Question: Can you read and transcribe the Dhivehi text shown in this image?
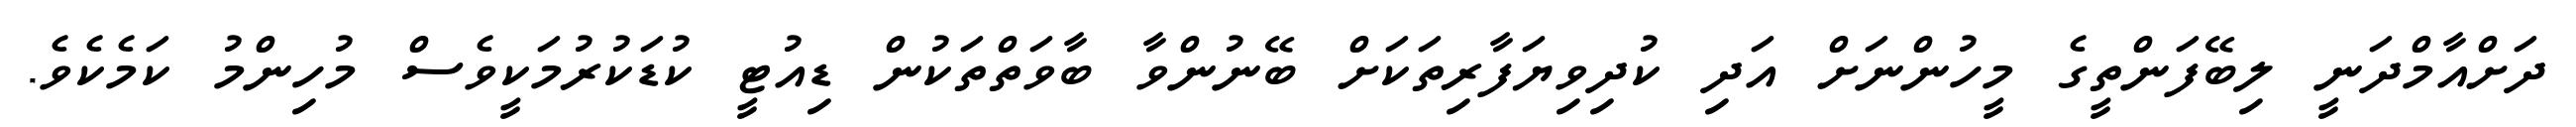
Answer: ދަށްއާމްދަނީ ލިބޭފަންތީގެ މީހުންނަށް އަދި ކުދިވިޔަފާރިތަކަށް ބޭނުންވާ ބާވަތްތަކުން ޑިއުޓީ ކުޑަކުރުމަކީވެސް މުހިންމު ކަމެކެވެ.